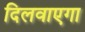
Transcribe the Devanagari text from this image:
दिलवाएगा